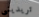
تريدينى